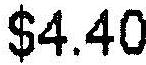
$4.40